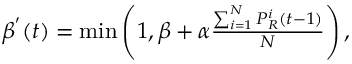
\begin{array} { r } { \beta ^ { ' } ( t ) = \operatorname* { m i n } \left( 1 , \beta + \alpha \frac { \sum _ { i = 1 } ^ { N } P _ { R } ^ { i } ( t - 1 ) } { N } \right) , } \end{array}